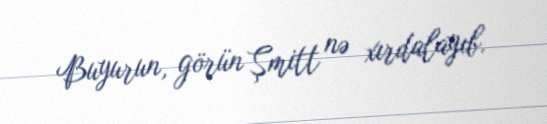
Buyurun, görün Şmitt nə xırdalayıb.